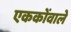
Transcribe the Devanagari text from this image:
एककोंवाले